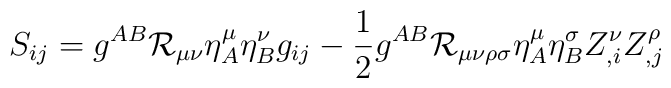
S_{ij}  = g^{AB}{\cal R}_{\mu\nu} \eta^{\mu}_{A}\eta^{\nu}_{B}g_{ij} - \frac{1}{2}g^{AB}{\cal R}_{\mu\nu\rho\sigma}\eta^{\mu}_{A}\eta^{\sigma}_{B}Z^{\nu}_{,i}Z^{\rho}_{,j}